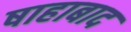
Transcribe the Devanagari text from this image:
षाहाबाद